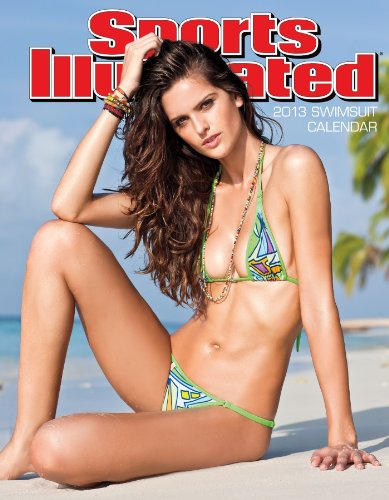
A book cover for Sports Illustrated Swimsuit 2013 Engagement Calendar; DateWorks; Calendars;